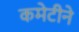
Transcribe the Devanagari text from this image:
कमेटीने